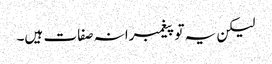
لیکن یہ تو پیغمبرانہ صفات ہیں۔